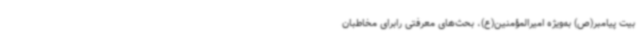
بیت پیامبر(ص) به‌ویژه امیرالمؤمنین(ع)، بحث‌های معرفتی رابرای مخاطبان